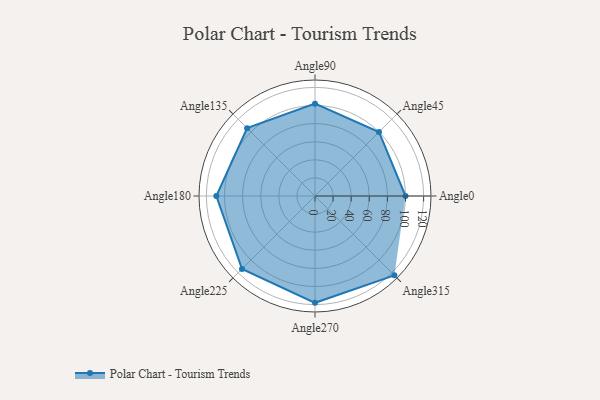
{"axis": {"x": "Angle", "y": "Radius"}, "legend": [""], "data": [{"x": "Angle0", "y": 100.0, "type": ""}, {"x": "Angle45", "y": 100.0, "type": ""}, {"x": "Angle90", "y": 102.0, "type": ""}, {"x": "Angle135", "y": 106.0, "type": ""}, {"x": "Angle180", "y": 109.0, "type": ""}, {"x": "Angle225", "y": 114.0, "type": ""}, {"x": "Angle270", "y": 118.0, "type": ""}, {"x": "Angle315", "y": 124.0, "type": ""}]}